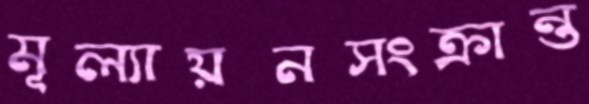
মূল্যায়নসংক্রান্ত